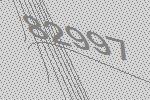
82997